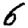
Digit: 6